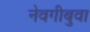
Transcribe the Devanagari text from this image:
नेवगीबुवा